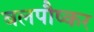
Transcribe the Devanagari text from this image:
बलपौष्कर